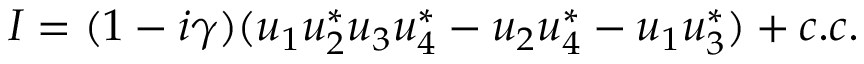
I = ( 1 - i \gamma ) ( u _ { 1 } u _ { 2 } ^ { * } u _ { 3 } u _ { 4 } ^ { * } - u _ { 2 } u _ { 4 } ^ { * } - u _ { 1 } u _ { 3 } ^ { * } ) + c . c .